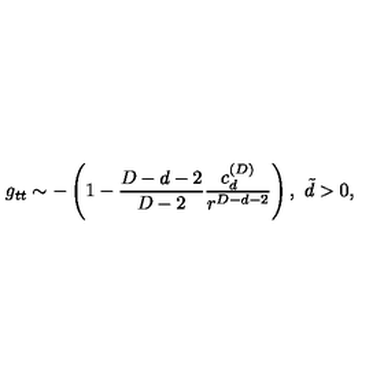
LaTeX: g _ { t t } \sim - \left( 1 - { \frac { D - d - 2 } { D - 2 } } { \frac { c _ { d } ^ { ( D ) } } { r ^ { D - d - 2 } } } \right) , \ \tilde { d } > 0 ,